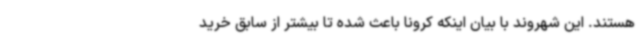
هستند. این شهروند با بیان اینکه کرونا باعث شده تا بیشتر از سابق خرید